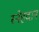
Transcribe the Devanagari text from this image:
स्नेहदान